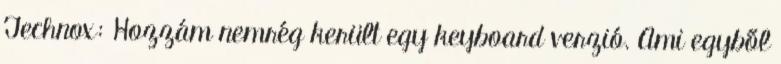
Technox: Hozzám nemrég került egy keyboard verzió. Ami egyből